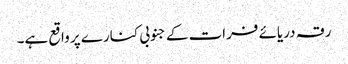
رقہ دریائے فرات کے جنوبی کنارے پر واقع ہے۔